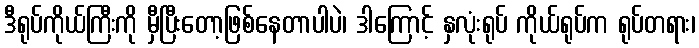
ဒီရုပ်ကိုယ်ကြီးကို မှီပြီးတော့ဖြစ်နေတာပါပဲ၊ ဒါကြောင့် နှလုံးရုပ် ကိုယ်ရုပ်က ရုပ်တရား၊